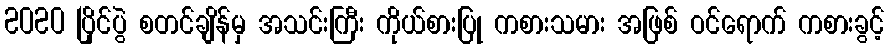
2020 ပြိုင်ပွဲ စတင်ချိန်မှ အသင်းကြီး ကိုယ်စားပြု ကစားသမား အဖြစ် ဝင်ရောက် ကစားခွင့်